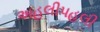
અહલીપહલી